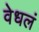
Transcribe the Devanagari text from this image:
वेधलं